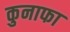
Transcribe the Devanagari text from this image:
कुनाफा